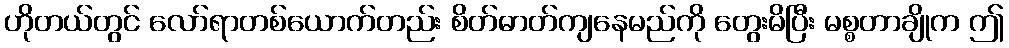
ဟိုတယ်တွင် လော်ရာတစ်ယောက်တည်း စိတ်ဓာတ်ကျနေမည်ကို တွေးမိပြီး မစ္စတာချိုက ဤ